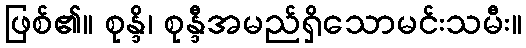
ဖြစ်၏။ စုန္ဒိ၊ စုန္ဒီအမည်ရှိသောမင်းသမီး။